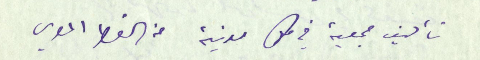
تأليف جمعية في كل مدينة من القطر المصري